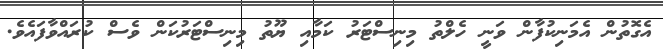
އެގޮތުން އެމަނިކުފާން ވަނީ ހެލްތު މިނިސްޓަރު ކަމާއި ޔޫތު މިނިސްޓަރުކަން ވެސް ކުރައްވާފައެވެ.